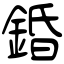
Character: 錉